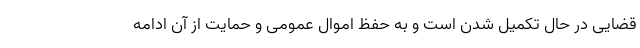
قضایی در حال تکمیل شدن است و به حفظ اموال عمومی و حمایت از آن ادامه